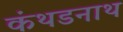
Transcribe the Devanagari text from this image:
कंथडनाथ